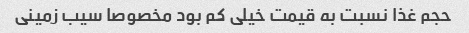
حجم غذا نسبت به قیمت خیلی کم بود مخصوصا سیب زمینی